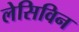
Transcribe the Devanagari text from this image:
लेसिविन